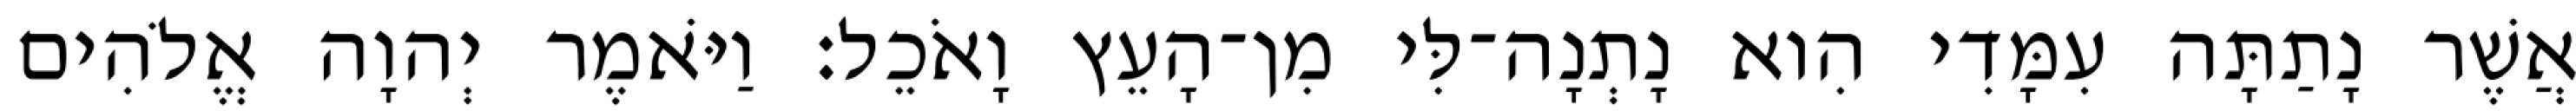
אֲשֶׁר נָתַתָּה עִמָּדִי הִוא נָתְנָה־לִּי מִן־הָעֵץ וָאֹכֵל׃ וַיֹּאמֶר יְהוָה אֱלֹהִים